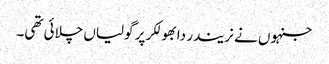
جنہوں نے نریندر دابھولکر پر گولیاں چلائی تھی۔